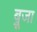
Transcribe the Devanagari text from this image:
ब्रूजा